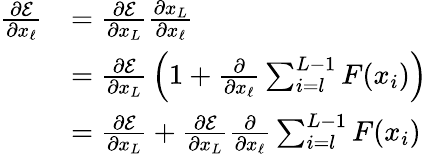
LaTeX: {\begin{array}{rl}{{\frac{\partial{\mathcal{E}}}{\partial x_{\ell}}}}&{={\frac{\partial{\mathcal{E}}}{\partial x_{L}}}{\frac{\partial x_{L}}{\partial x_{\ell}}}}\\ &{={\frac{\partial{\mathcal{E}}}{\partial x_{L}}}\left(1+{\frac{\partial}{\partial x_{\ell}}}\sum_{i=l}^{L-1}F(x_{i})\right)}\\ &{={\frac{\partial{\mathcal{E}}}{\partial x_{L}}}+{\frac{\partial{\mathcal{E}}}{\partial x_{L}}}{\frac{\partial}{\partial x_{\ell}}}\sum_{i=l}^{L-1}F(x_{i})}\end{array}}